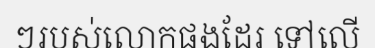
ៗរបស់លោកផងដែរ ទៅលើ